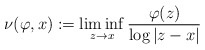
\begin{align*} \nu(\varphi,x):=\liminf_{z\to x}\frac{\varphi(z)}{\log|z-x|}\end{align*}